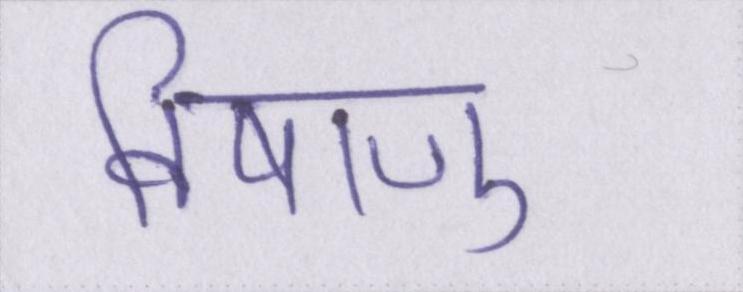
विषाणु